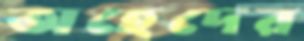
অহেদের